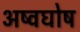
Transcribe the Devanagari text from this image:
अष्वघोष